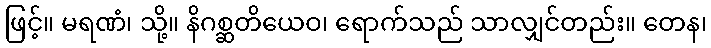
ဖြင့်။ မရဏံ၊ သို့။ နိဂစ္ဆတိယေဝ၊ ရောက်သည် သာလျှင်တည်း။ တေန၊